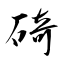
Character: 碕